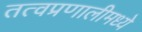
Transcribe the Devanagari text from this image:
तत्वप्रणालीमध्ये